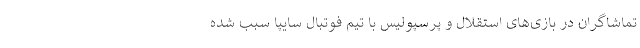
تماشاگران در بازی‌های استقلال و پرسپولیس با تیم فوتبال سایپا سبب شده